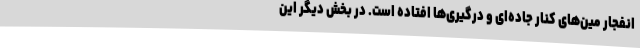
انفجار مین‌های کنار جاده‌ای و درگیری‌ها افتاده است. در بخش دیگر این